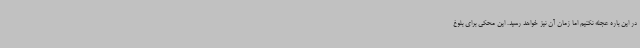
در این باره عجله نکنیم اما زمان آن نیز خواهد رسید. این محکی برای بلوغ